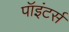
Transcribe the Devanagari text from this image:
पॉइंटर्स